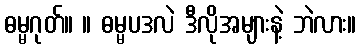
ဓမ္မဂုတ်။ ။ ဓမ္မပဒလဲ ဒီလိုအများနဲ့ ဘဲလား။